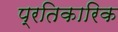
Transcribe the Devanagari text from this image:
प्रतिकारिक